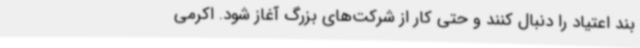
بند اعتیاد را دنبال کنند و حتی کار از شرکت‌های بزرگ آغاز شود. اکرمی